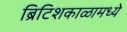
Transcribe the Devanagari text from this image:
ब्रिटिशकाळामध्ये